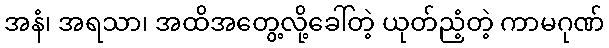
အနံ၊ အရသာ၊ အထိအတွေ့လို့ခေါ်တဲ့ ယုတ်ညံ့တဲ့ ကာမဂုဏ်